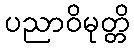
ပညာဝိမုတ္တိ